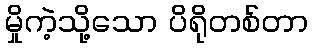
မှိုကဲ့သို့သော ပိရိုတစ်တာ